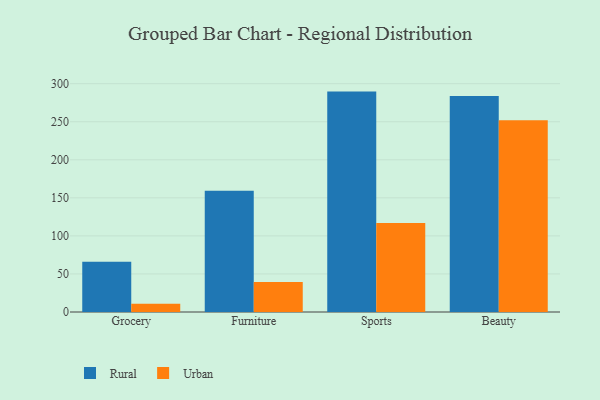
{"axis": {"x": "Category", "y": "Bounce Rate (%)"}, "legend": ["Rural", "Urban"], "data": [{"x": "Grocery", "y": 65.9, "type": "Rural"}, {"x": "Grocery", "y": 11.0, "type": "Urban"}, {"x": "Furniture", "y": 159.3, "type": "Rural"}, {"x": "Furniture", "y": 39.3, "type": "Urban"}, {"x": "Sports", "y": 289.6, "type": "Rural"}, {"x": "Sports", "y": 117.0, "type": "Urban"}, {"x": "Beauty", "y": 283.9, "type": "Rural"}, {"x": "Beauty", "y": 252.0, "type": "Urban"}]}